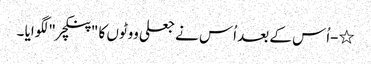
٭-اُس کے بعد اُس نے جعلی ووٹوں کا "پنکچر " لگوایا ۔